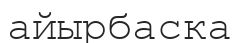
айырбаска